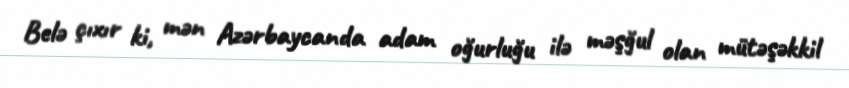
Belə çıxır ki, mən Azərbaycanda adam oğurluğu ilə məşğul olan mütəşəkkil